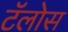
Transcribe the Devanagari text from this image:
टॅलोस